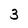
Character: 3